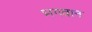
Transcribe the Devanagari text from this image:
भ्‍ागवान